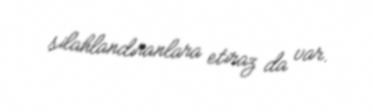
silahlandıranlara etiraz da var.